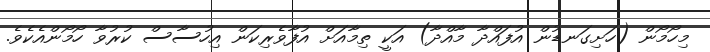
މިހޯމޯން (ހަށިގަނޑުން އުފައްދާ މާއްދާ) އަކީ ތިމާއަށް އުފާވެރިކަން އިހުސާސް ކުރުވާ ހޯމޯންއެކެވެ.